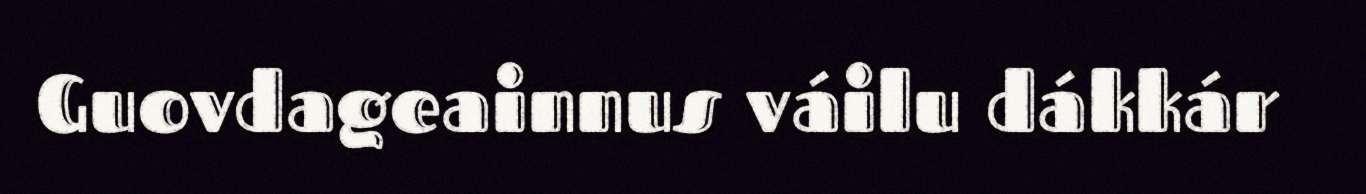
Guovdageainnus váilu dákkár